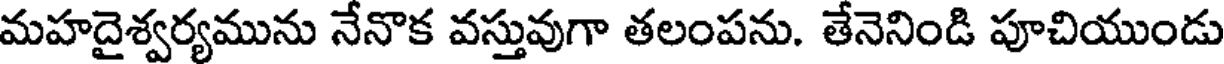
మహదైశ్వర్యమును నేనొక వస్తువుగా తలంపను. తేనెనిండి పూచియుండు